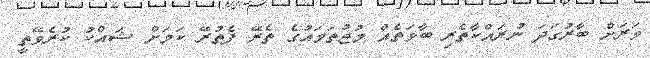
ވަރަށް ބާރުގަދަ ނުރައްކާތެރި ބާވަތެއް މުޖުތަމައުގެ ތެރޭ ފެތުރޭ ކަމަށް ޝައްކު ކުރެވޭތީ